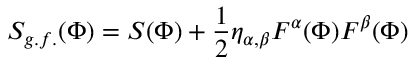
S _ { g . f . } ( \Phi ) = S ( \Phi ) + \frac { 1 } { 2 } \eta _ { \alpha , \beta } F ^ { \alpha } ( \Phi ) F ^ { \beta } ( \Phi )